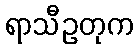
ရာသီဥတုက